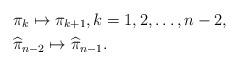
LaTeX: \begin{align*}&\pi_k \mapsto \pi_{k+1}, k=1,2,\dots, n-2, \\& \widehat{\pi}_{n-2} \mapsto \widehat{\pi}_{n-1}. \end{align*}